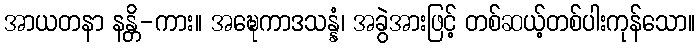
အာယတနာ နန္တိ-ကား။ အဍ္ဎေကာဒသန္နံ၊ အခွဲအားဖြင့် တစ်ဆယ့်တစ်ပါးကုန်သော။